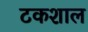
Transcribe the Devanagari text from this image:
टकशाल